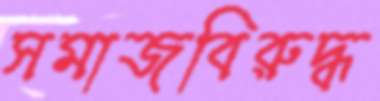
সমাজবিরুদ্ধ